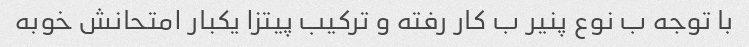
با توجه ب نوع پنیر ب کار رفته و ترکیب پیتزا یکبار امتحانش خوبه